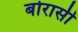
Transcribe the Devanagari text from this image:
बोरासी